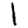
Digit: 1